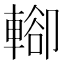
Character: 𨍖